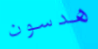
هدسون